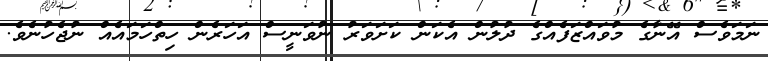
ނަމަވެސް އޭނާގެ މުވައްޒަފެއްގެ ދުލުން އެކަން ކަށަވަރު ނުވަނީސް އަހަރެން ހިތްހަމައެއް ނުޖެހުނެވެ.